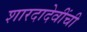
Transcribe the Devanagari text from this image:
शारदादेवींची